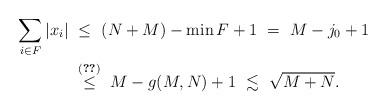
LaTeX: \begin{align*}\sum_{i\in F}|x_i| &\ \le\ (N+M)-\min F + 1\ =\ M-j_0 + 1\\ &\ \stackrel{\eqref{ree31}}{\le}\ M - g(M,N) + 1\ \lesssim\ \sqrt{M+N}.\end{align*}